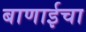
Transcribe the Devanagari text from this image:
बाणाईचा